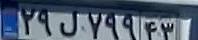
۲۹ل۷۹۹۴۳